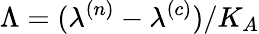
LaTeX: \Lambda=(\lambda^{(n)}-\lambda^{(c)})/K_{A}